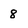
Character: 8